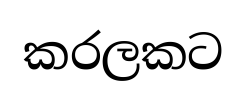
කරලකට